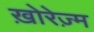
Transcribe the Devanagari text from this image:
ख़ोरेज़्म